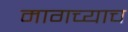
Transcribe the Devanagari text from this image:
मागच्याच